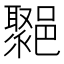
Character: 𨞮